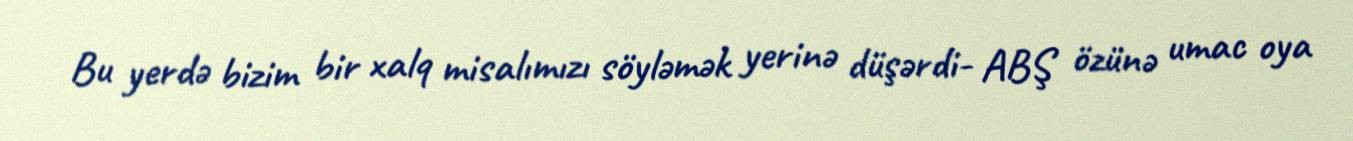
Bu yerdə bizim bir xalq misalımızı söyləmək yerinə düşərdi- ABŞ özünə umac oya